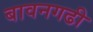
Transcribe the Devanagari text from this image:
बावनगढी